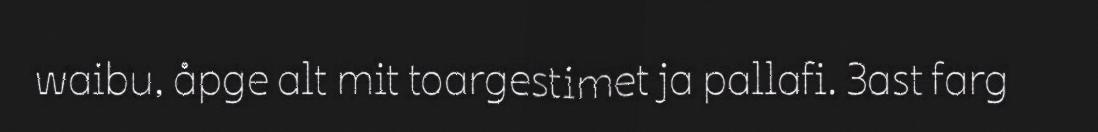
waibu, åpge alt mit toargestimet ja pallafi. 3ast farg